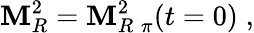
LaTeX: \mathbf{M}_{R}^{2}={\cal\mathbf{M}}_{R\; \pi}^{2}(t=0)\; ,